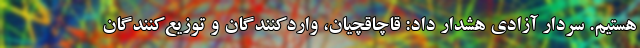
هستیم. سردار آزادی هشدار داد: قاچاقچیان، واردکنندگان و توزیع‌کنندگان